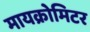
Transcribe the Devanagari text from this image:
मायक्रोमिटर